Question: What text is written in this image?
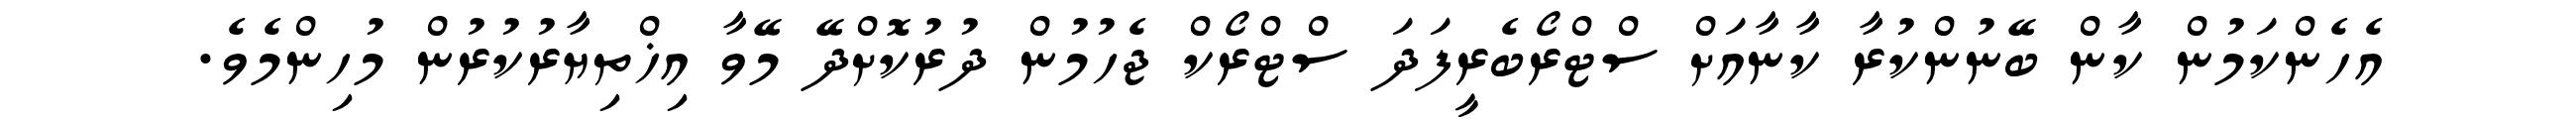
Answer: އެހެންކަމުން ކާން ބޭނުންކުރާ ކާނާއަށް ސްޓްރޯބެރީފަދަ ސްޓްރޯކް ޖެހުމުން ދުރުކޮށްދޭ މޭވާ އިޚްތިޔާރުކުރުން މުހިންމެވެ.